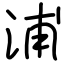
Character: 浦